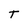
Character: T